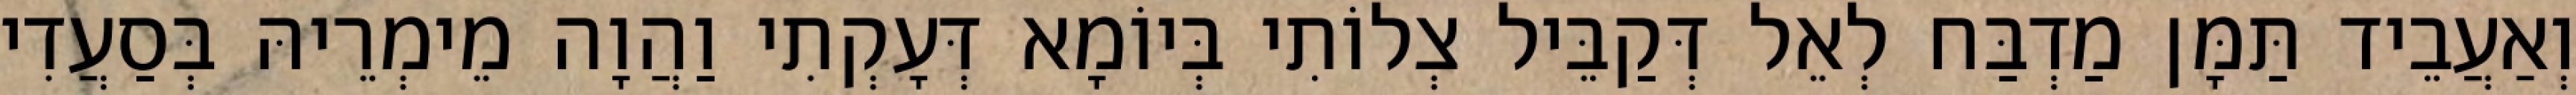
וְאַעֲבֵיד תַּמָּן מַדְבַּח לְאֵל דְּקַבֵּיל צְלוֹתִי בְּיוֹמָא דְּעָקְתִי וַהֲוָה מֵימְרֵיהּ בְּסַעֲדִי